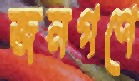
জনগণে